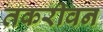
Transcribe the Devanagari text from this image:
तकरीवन